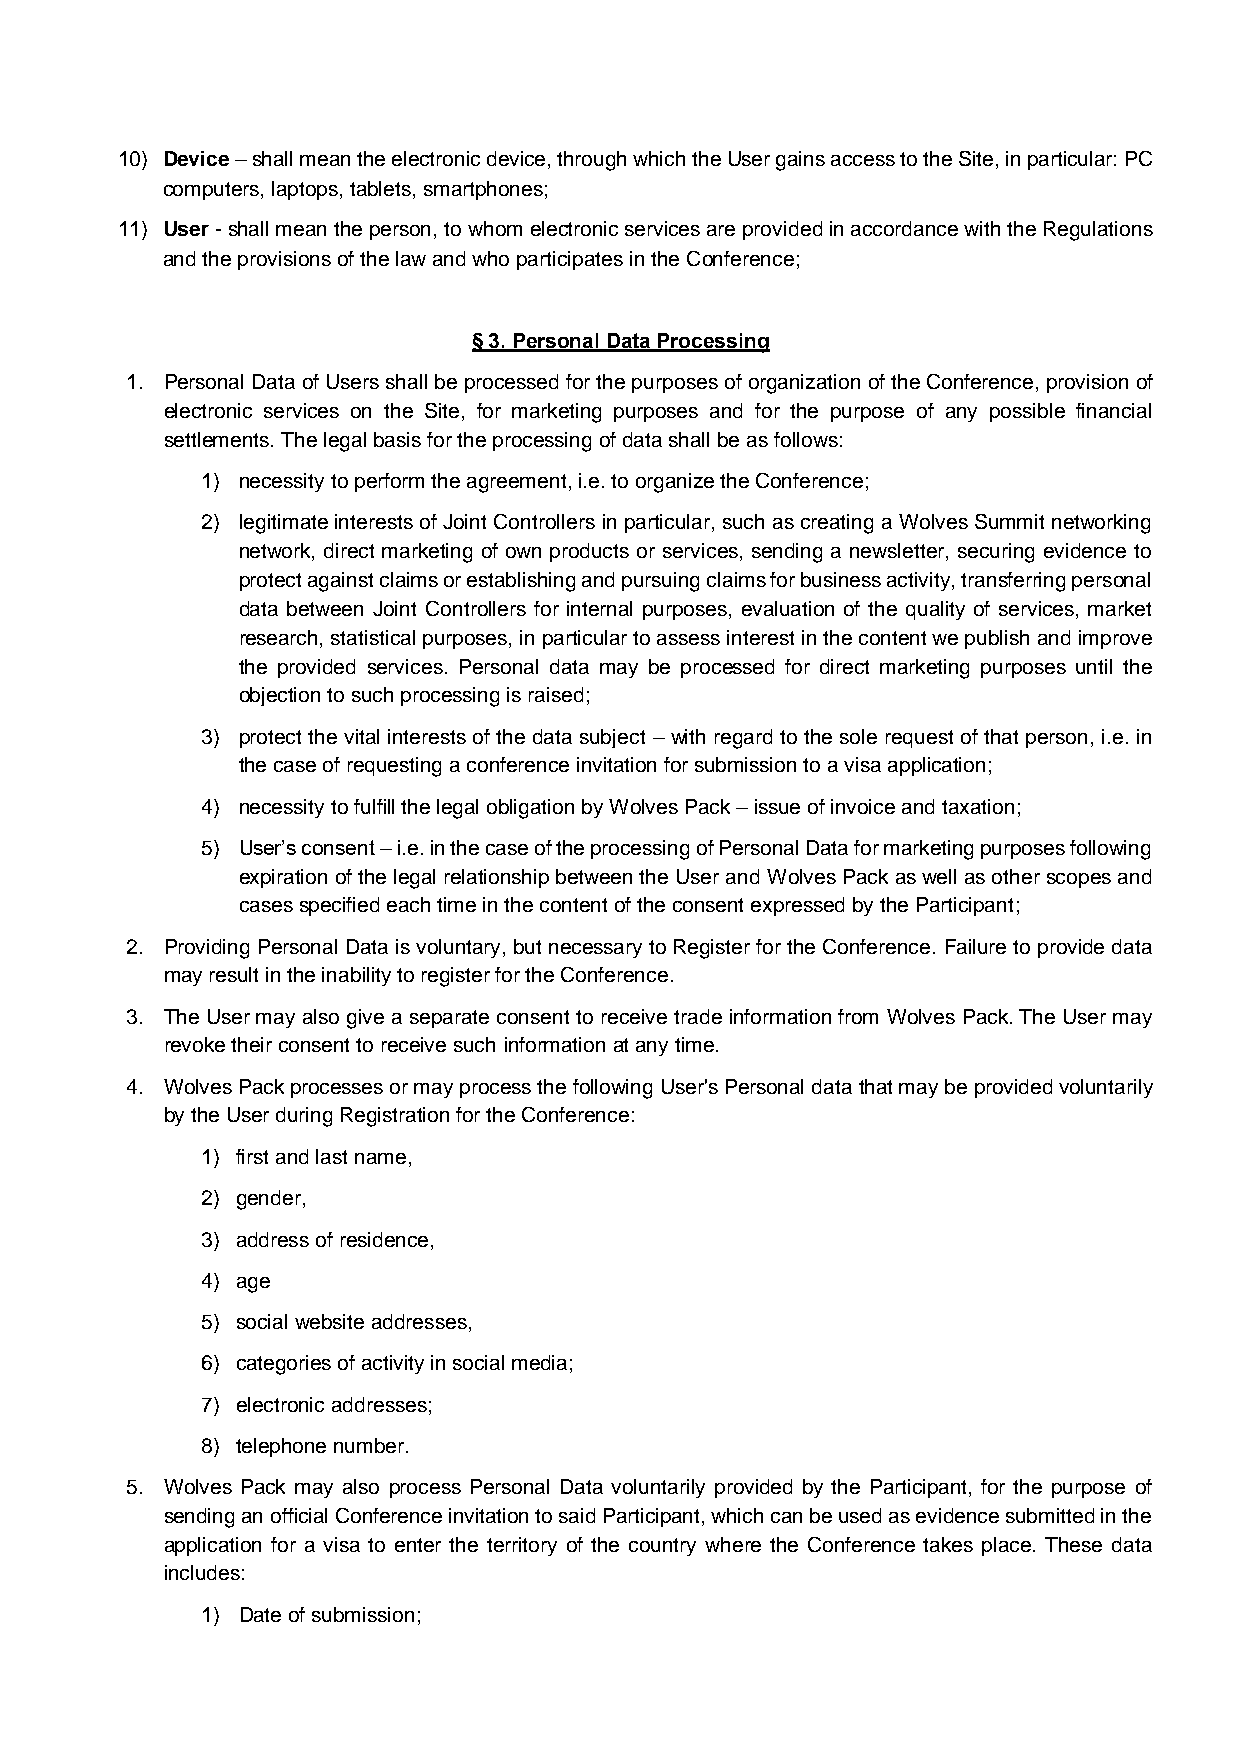
10) Device – shall mean the electronic device, through which the User gains access to the Site, in particular: PC
 computers, laptops, tablets, smartphones;
 11) User - shall mean the person, to whom electronic services are provided in accordance with the Regulations
 and the provisions of the law and who participates in the Conference;
 § 3. Personal Data Processing
 1. Personal Data of Users shall be processed for the purposes of organization of the Conference, provision of
 electronic services on the Site, for marketing purposes and for the purpose of any possible financial
 settlements. The legal basis for the processing of data shall be as follows:
 1) necessity to perform the agreement, i.e. to organize the Conference;
 2) legitimate interests of Joint Controllers in particular, such as creating a Wolves Summit networking
 network, direct marketing of own products or services, sending a newsletter, securing evidence to
 protect against claims or establishing and pursuing claims for business activity, transferring personal
 data between Joint Controllers for internal purposes, evaluation of the quality of services, market
 research, statistical purposes, in particular to assess interest in the content we publish and improve
 the provided services. Personal data may be processed for direct marketing purposes until the
 objection to such processing is raised;
 3) protect the vital interests of the data subject – with regard to the sole request of that person, i.e. in
 the case of requesting a conference invitation for submission to a visa application;
 4) necessity to fulfill the legal obligation by Wolves Pack – issue of invoice and taxation;
 5) User’s consent – i.e. in the case of the processing of Personal Data for marketing purposes following
 expiration of the legal relationship between the User and Wolves Pack as well as other scopes and
 cases specified each time in the content of the consent expressed by the Participant;
 2. Providing Personal Data is voluntary, but necessary to Register for the Conference. Failure to provide data
 may result in the inability to register for the Conference.
 3. The User may also give a separate consent to receive trade information from Wolves Pack. The User may
 revoke their consent to receive such information at any time.
 4. Wolves Pack processes or may process the following User's Personal data that may be provided voluntarily
 by the User during Registration for the Conference:
 1) first and last name,
 2) gender,
 3) address of residence,
 4) age
 5) social website addresses,
 6) categories of activity in social media;
 7) electronic addresses;
 8) telephone number.
 5. Wolves Pack may also process Personal Data voluntarily provided by the Participant, for the purpose of
 sending an official Conference invitation to said Participant, which can be used as evidence submitted in the
 application for a visa to enter the territory of the country where the Conference takes place. These data
 includes:
 1) Date of submission;